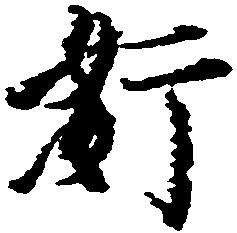
奸